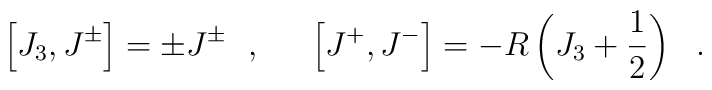
\left[J_3,J^\pm \right] = \pm J^\pm~~,~~~~\left[J^+,J^-\right] = -R \left( J_3+\frac{1}{2} \right)~~.